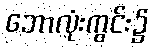
ဘောလုံးကွင်း၌